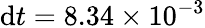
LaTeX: \mathrm{d}t=8.34\times 10^{-3}